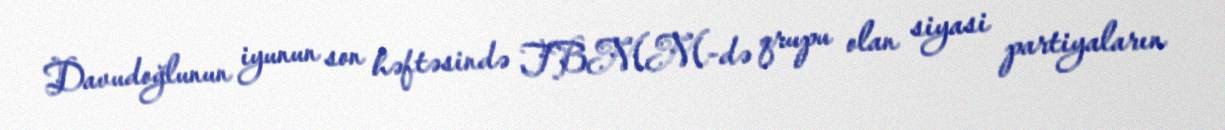
Davudoğlunun iyunun son həftəsində TBMM-də qrupu olan siyasi partiyaların